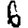
Digit: 6